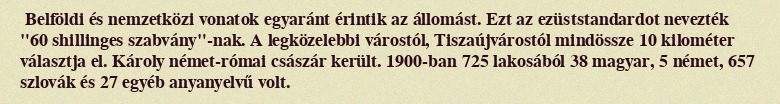
Belföldi és nemzetközi vonatok egyaránt érintik az állomást. Ezt az ezüststandardot nevezték "60 shillinges szabvány"-nak. A legközelebbi várostól, Tiszaújvárostól mindössze 10 kilométer választja el. Károly német-római császár került. 1900-ban 725 lakosából 38 magyar, 5 német, 657 szlovák és 27 egyéb anyanyelvű volt.